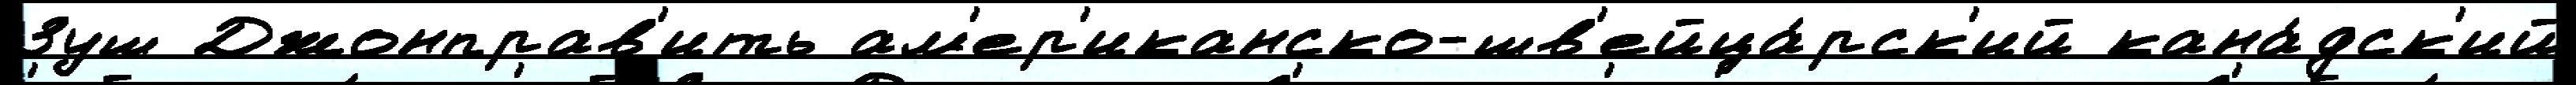
Зуш Джонправ'ить ам'ер'иканско-шв'ейца́рск'ий кана́дск'ий